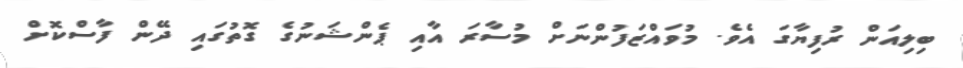
ބިލިއަން ރުފިޔާގަ އެވެ. މުވައްޒަފުންނަށް މުސާރަ އާއި ޕެންޝަނުގެ ގޮތުގައި ދޭން ފާސްކޮށް